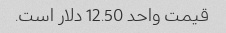
قیمت واحد 12.50 دلار است.